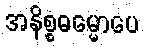
အနိစ္စဓမ္မောပေ